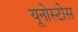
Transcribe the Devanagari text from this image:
यूनोस्टोस